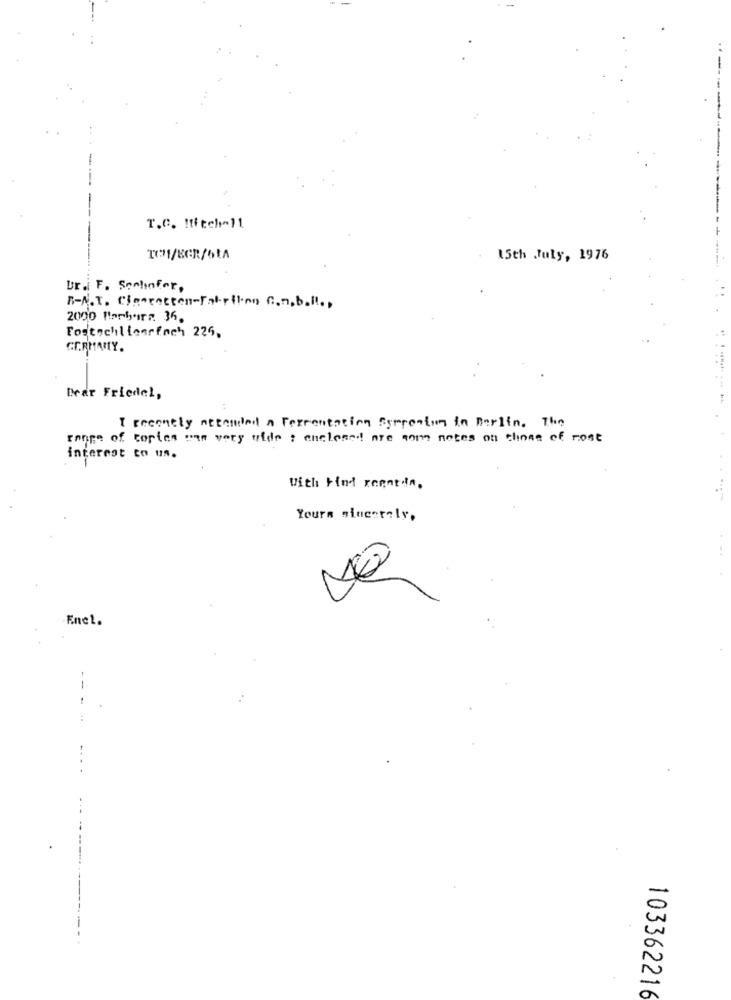
T.C. ! ffech-11
TO1/8GR/6LA
15th July, 1976
Ur.i F. Soohofer,
B-N.T. Clarenceen-Faleiling C.n. b.Il ..
2000 Barbara 36.
Fostechiliogrfach 225,
GERMANY.
Dear Friedel,
I recently necalidad a Fermentation Surreation in Berlin. The
range of topics was very wide : enclosed! are some notes on those of nost
interest to un.
With Kind regards.
Yours sincerely,
Enel.
103362216